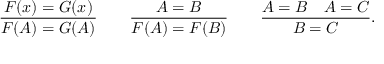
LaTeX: { \frac { F ( x ) = G ( x ) } { F ( A ) = G ( A ) } } \qquad { \frac { A = B } { F ( A ) = F ( B ) } } \qquad { \frac { A = B \quad A = C } { B = C } } .